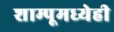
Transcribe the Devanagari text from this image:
शाम्पूमध्येही